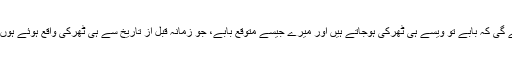
اب مجھے احساس ہوتا ہے کہ بڈّھا ہونے پر تو میری شدید واٹ لگے گی کہ بابے تو ویسے ہی ٹھرکی ہوجاتے ہیں اور میرے جیسے متوقع بابے، جو زمانہ قبل از تاریخ سے ہی ٹھرکی واقع ہوئے ہوں، تو وہ تو ٹھرکی کی بھی تیسری فارم یعنی ٹھرکیئسٹ ہوجائیں گے۔